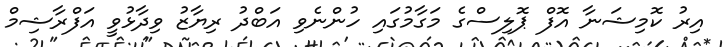
އިރު ކޮމިޝަނާ އޮފް ޕޮލިސްގެ މަގާމުގައި ހުންނެވި އަބްދު ރިޔާޒު ވިދާޅުވީ އަފްރާޝިމް